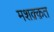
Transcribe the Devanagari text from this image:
मशक़्क़त